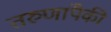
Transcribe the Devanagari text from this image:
तरुणांपैकी